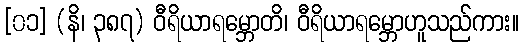
[၀၁] (နိ၊ ၃၈၇) ဝီရိယာရမ္ဘောတိ၊ ဝီရိယာရမ္ဘောဟူသည်ကား။